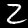
Digit: 2